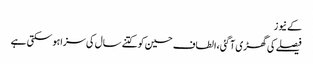
کے نیوز
فیصلے کی گھڑی آگئی،الطاف حسین کوکتنے سال کی سزاہوسکتی ہے